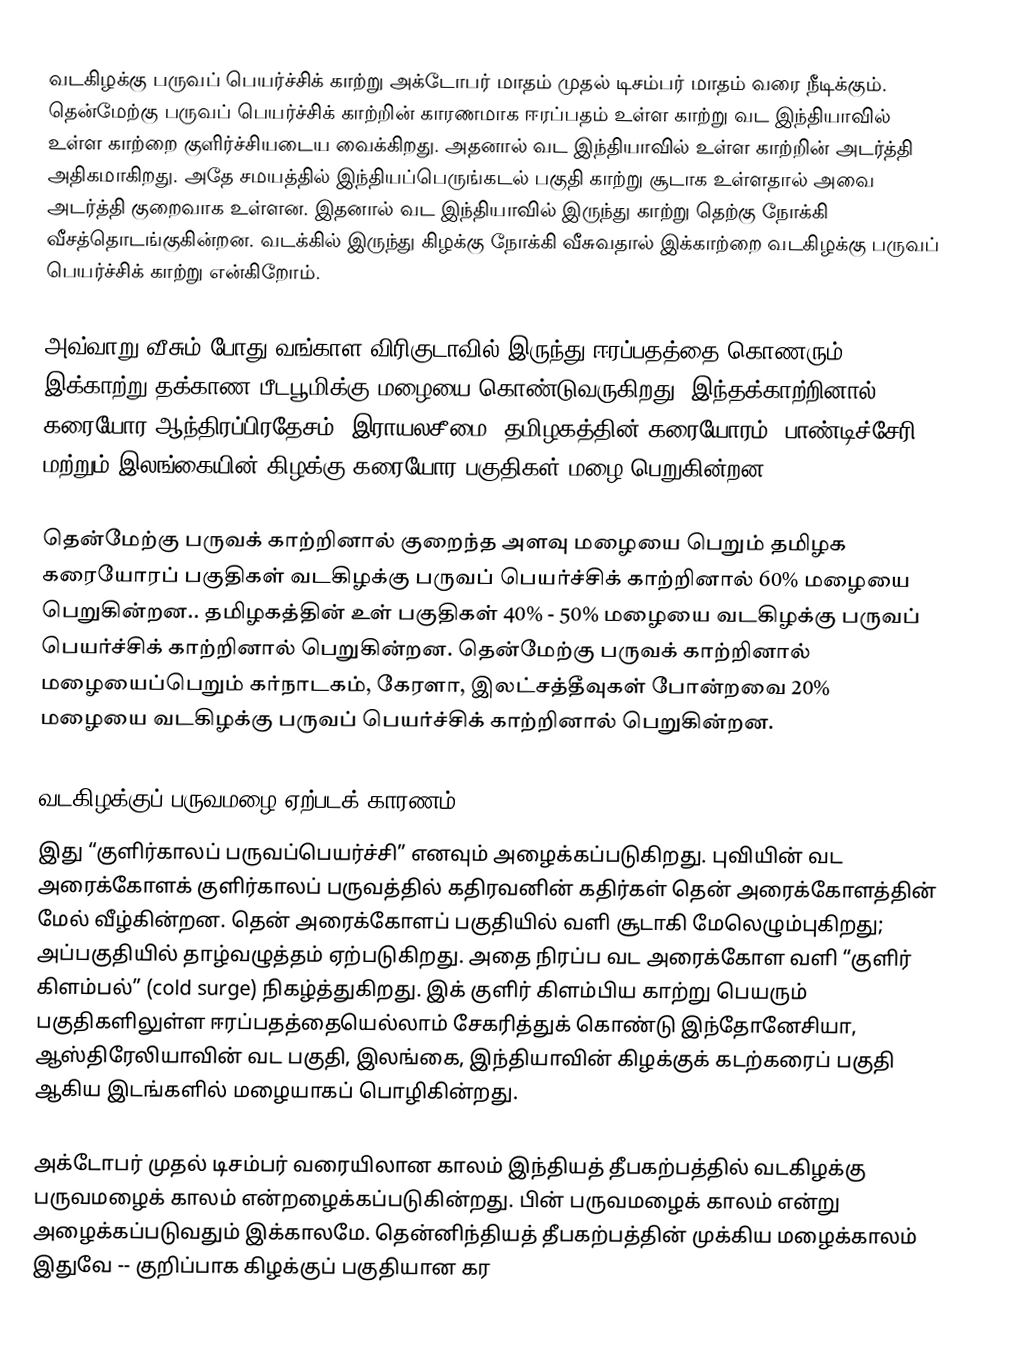
வடகிழக்கு பருவப் பெயர்ச்சிக் காற்று அக்டோபர் மாதம் முதல் டிசம்பர் மாதம் வரை நீடிக்கும். தென்மேற்கு பருவப் பெயர்ச்சிக் காற்றின் காரணமாக ஈரப்பதம் உள்ள காற்று வட இந்தியாவில் உள்ள காற்றை குளிர்ச்சியடைய வைக்கிறது. அதனால் வட இந்தியாவில் உள்ள காற்றின் அடர்த்தி அதிகமாகிறது. அதே சமயத்தில் இந்தியப்பெருங்கடல் பகுதி காற்று சூடாக உள்ளதால் அவை அடர்த்தி குறைவாக உள்ளன. இதனால் வட இந்தியாவில் இருந்து காற்று தெற்கு நோக்கி வீசத்தொடங்குகின்றன. வடக்கில் இருந்து கிழக்கு நோக்கி வீசுவதால் இக்காற்றை வடகிழக்கு பருவப் பெயர்ச்சிக் காற்று என்கிறோம்.

அவ்வாறு வீசும் போது வங்காள விரிகுடாவில் இருந்து ஈரப்பதத்தை கொணரும் இக்காற்று தக்காண பீடபூமிக்கு மழையை கொண்டுவருகிறது. இந்தக்காற்றினால் கரையோர ஆந்திரப்பிரதேசம், இராயலசீமை, தமிழகத்தின் கரையோரம், பாண்டிச்சேரி மற்றும் இலங்கையின் கிழக்கு கரையோர பகுதிகள் மழை பெறுகின்றன.

தென்மேற்கு பருவக் காற்றினால் குறைந்த அளவு மழையை பெறும் தமிழக கரையோரப் பகுதிகள் வடகிழக்கு பருவப் பெயர்ச்சிக் காற்றினால் 60% மழையை பெறுகின்றன.. தமிழகத்தின் உள் பகுதிகள் 40% - 50% மழையை வடகிழக்கு பருவப் பெயர்ச்சிக் காற்றினால் பெறுகின்றன. தென்மேற்கு பருவக் காற்றினால் மழையைப்பெறும் கர்நாடகம், கேரளா, இலட்சத்தீவுகள் போன்றவை 20% மழையை வடகிழக்கு பருவப் பெயர்ச்சிக் காற்றினால் பெறுகின்றன.

வடகிழக்குப் பருவமழை ஏற்படக் காரணம்
இது “குளிர்காலப் பருவப்பெயர்ச்சி” எனவும் அழைக்கப்படுகிறது. புவியின் வட அரைக்கோளக் குளிர்காலப் பருவத்தில் கதிரவனின் கதிர்கள் தென் அரைக்கோளத்தின் மேல் வீழ்கின்றன. தென் அரைக்கோளப் பகுதியில் வளி சூடாகி மேலெழும்புகிறது; அப்பகுதியில் தாழ்வழுத்தம் ஏற்படுகிறது. அதை நிரப்ப வட அரைக்கோள வளி “குளிர் கிளம்பல்” (cold surge) நிகழ்த்துகிறது. இக் குளிர் கிளம்பிய காற்று பெயரும் பகுதிகளிலுள்ள ஈரப்பதத்தையெல்லாம் சேகரித்துக் கொண்டு இந்தோனேசியா, ஆஸ்திரேலியாவின் வட பகுதி, இலங்கை, இந்தியாவின் கிழக்குக் கடற்கரைப் பகுதி ஆகிய இடங்களில் மழையாகப் பொழிகின்றது.

அக்டோபர் முதல் டிசம்பர் வரையிலான காலம் இந்தியத் தீபகற்பத்தில் வடகிழக்கு பருவமழைக் காலம் என்றழைக்கப்படுகின்றது. பின் பருவமழைக் காலம் என்று அழைக்கப்படுவதும் இக்காலமே. தென்னிந்தியத் தீபகற்பத்தின் முக்கிய மழைக்காலம் இதுவே -- குறிப்பாக கிழக்குப் பகுதியான கர